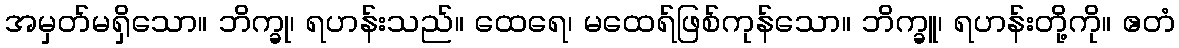
အမှတ်မရှိသော။ ဘိက္ခု၊ ရဟန်းသည်။ ထေရေ၊ မထေရ်ဖြစ်ကုန်သော။ ဘိက္ခူ၊ ရဟန်းတို့ကို။ ဧတံ